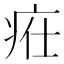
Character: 𤵴